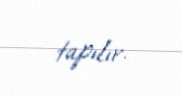
tapılır.